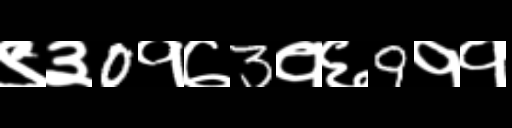
Text: ९३0१७3१६9११